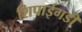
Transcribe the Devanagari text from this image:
शिपाईगडी